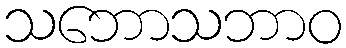
သဘောသဘာဝ